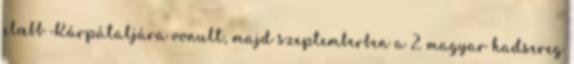
elœbb Kárpátaljára vonult, majd szeptemberben a 2. magyar hadsereg